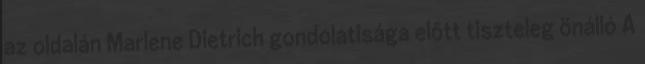
az oldalán Marlene Dietrich gondolatisága előtt tiszteleg önálló A